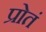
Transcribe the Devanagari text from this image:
प्रोतं